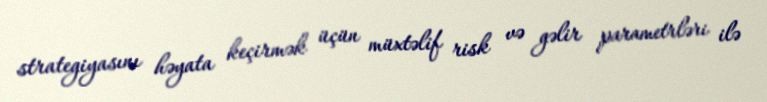
strategiyasını həyata keçirmək üçün müxtəlif risk və gəlir parametrləri ilə